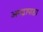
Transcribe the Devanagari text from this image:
अमड़ापाड़ा